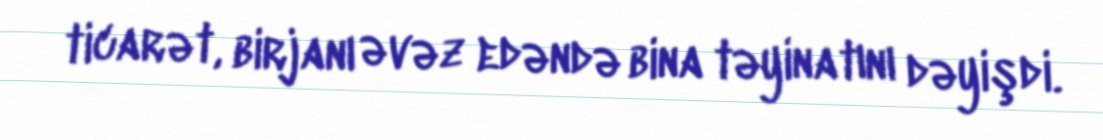
ticarət, birjanı əvəz edəndə bina təyinatını dəyişdi.